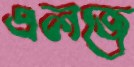
এলজে